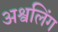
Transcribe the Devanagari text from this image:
अश्वलिंग